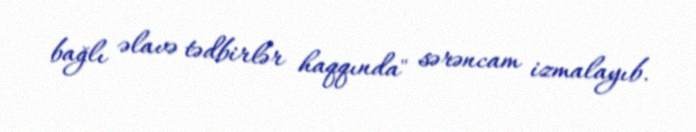
bağlı əlavə tədbirlər haqqında" sərəncam izmalayıb.